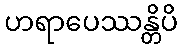
ဟရာပေဿန္တိပိ